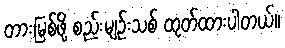
တားမြစ်ဖို့ စည်းမျဉ်းသစ် ထုတ်ထားပါတယ်။